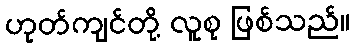
ဟုတ်ကျင်တို့ လူစု ဖြစ်သည်။